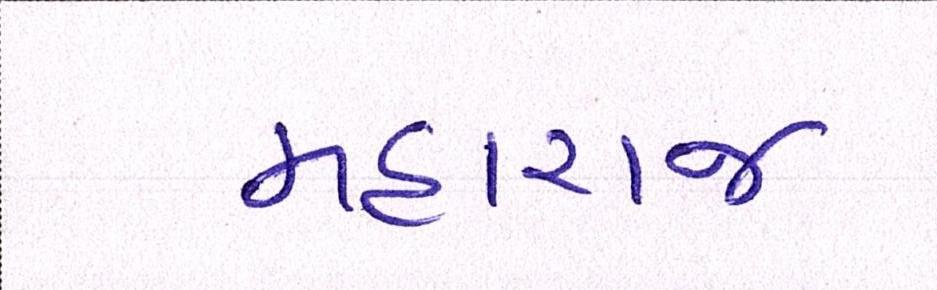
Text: મહારાજ